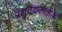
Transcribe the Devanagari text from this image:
पशुवैद्यकातील